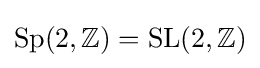
\operatorname {Sp} (2,\mathbb {Z} )=\operatorname {SL} (2,\mathbb {Z} )